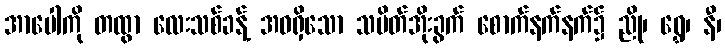
အာပေါကို တထွာ လေးသစ်ခန့် အဝရှိသော သပိတ်အိုးခွက် စောက်နက်နက်၌ ညို၊ ရွှေ၊ နီ၊